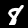
Label: 8